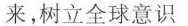
来，树立全球意识